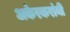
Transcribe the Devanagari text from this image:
अकेरकरांनी